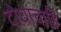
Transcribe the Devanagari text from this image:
दोघांचाहि